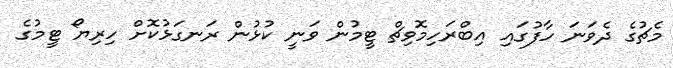
މެޗުގެ ދެވަނަ ހާފުގައި އިބްރަހިމޮވިޗް ޓީމުން ވަނީ ކުޅުން ރަނގަޅުކޮށް ހިރިޔޯ ޓީމުގެ